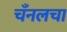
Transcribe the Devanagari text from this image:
चँनलचा